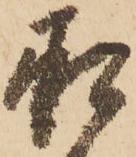
承